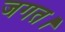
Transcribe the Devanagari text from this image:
जगत।